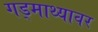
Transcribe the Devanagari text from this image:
गड्माथ्यावर